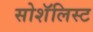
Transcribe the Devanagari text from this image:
सोशॅलिस्ट